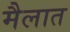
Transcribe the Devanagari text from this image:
मैलात